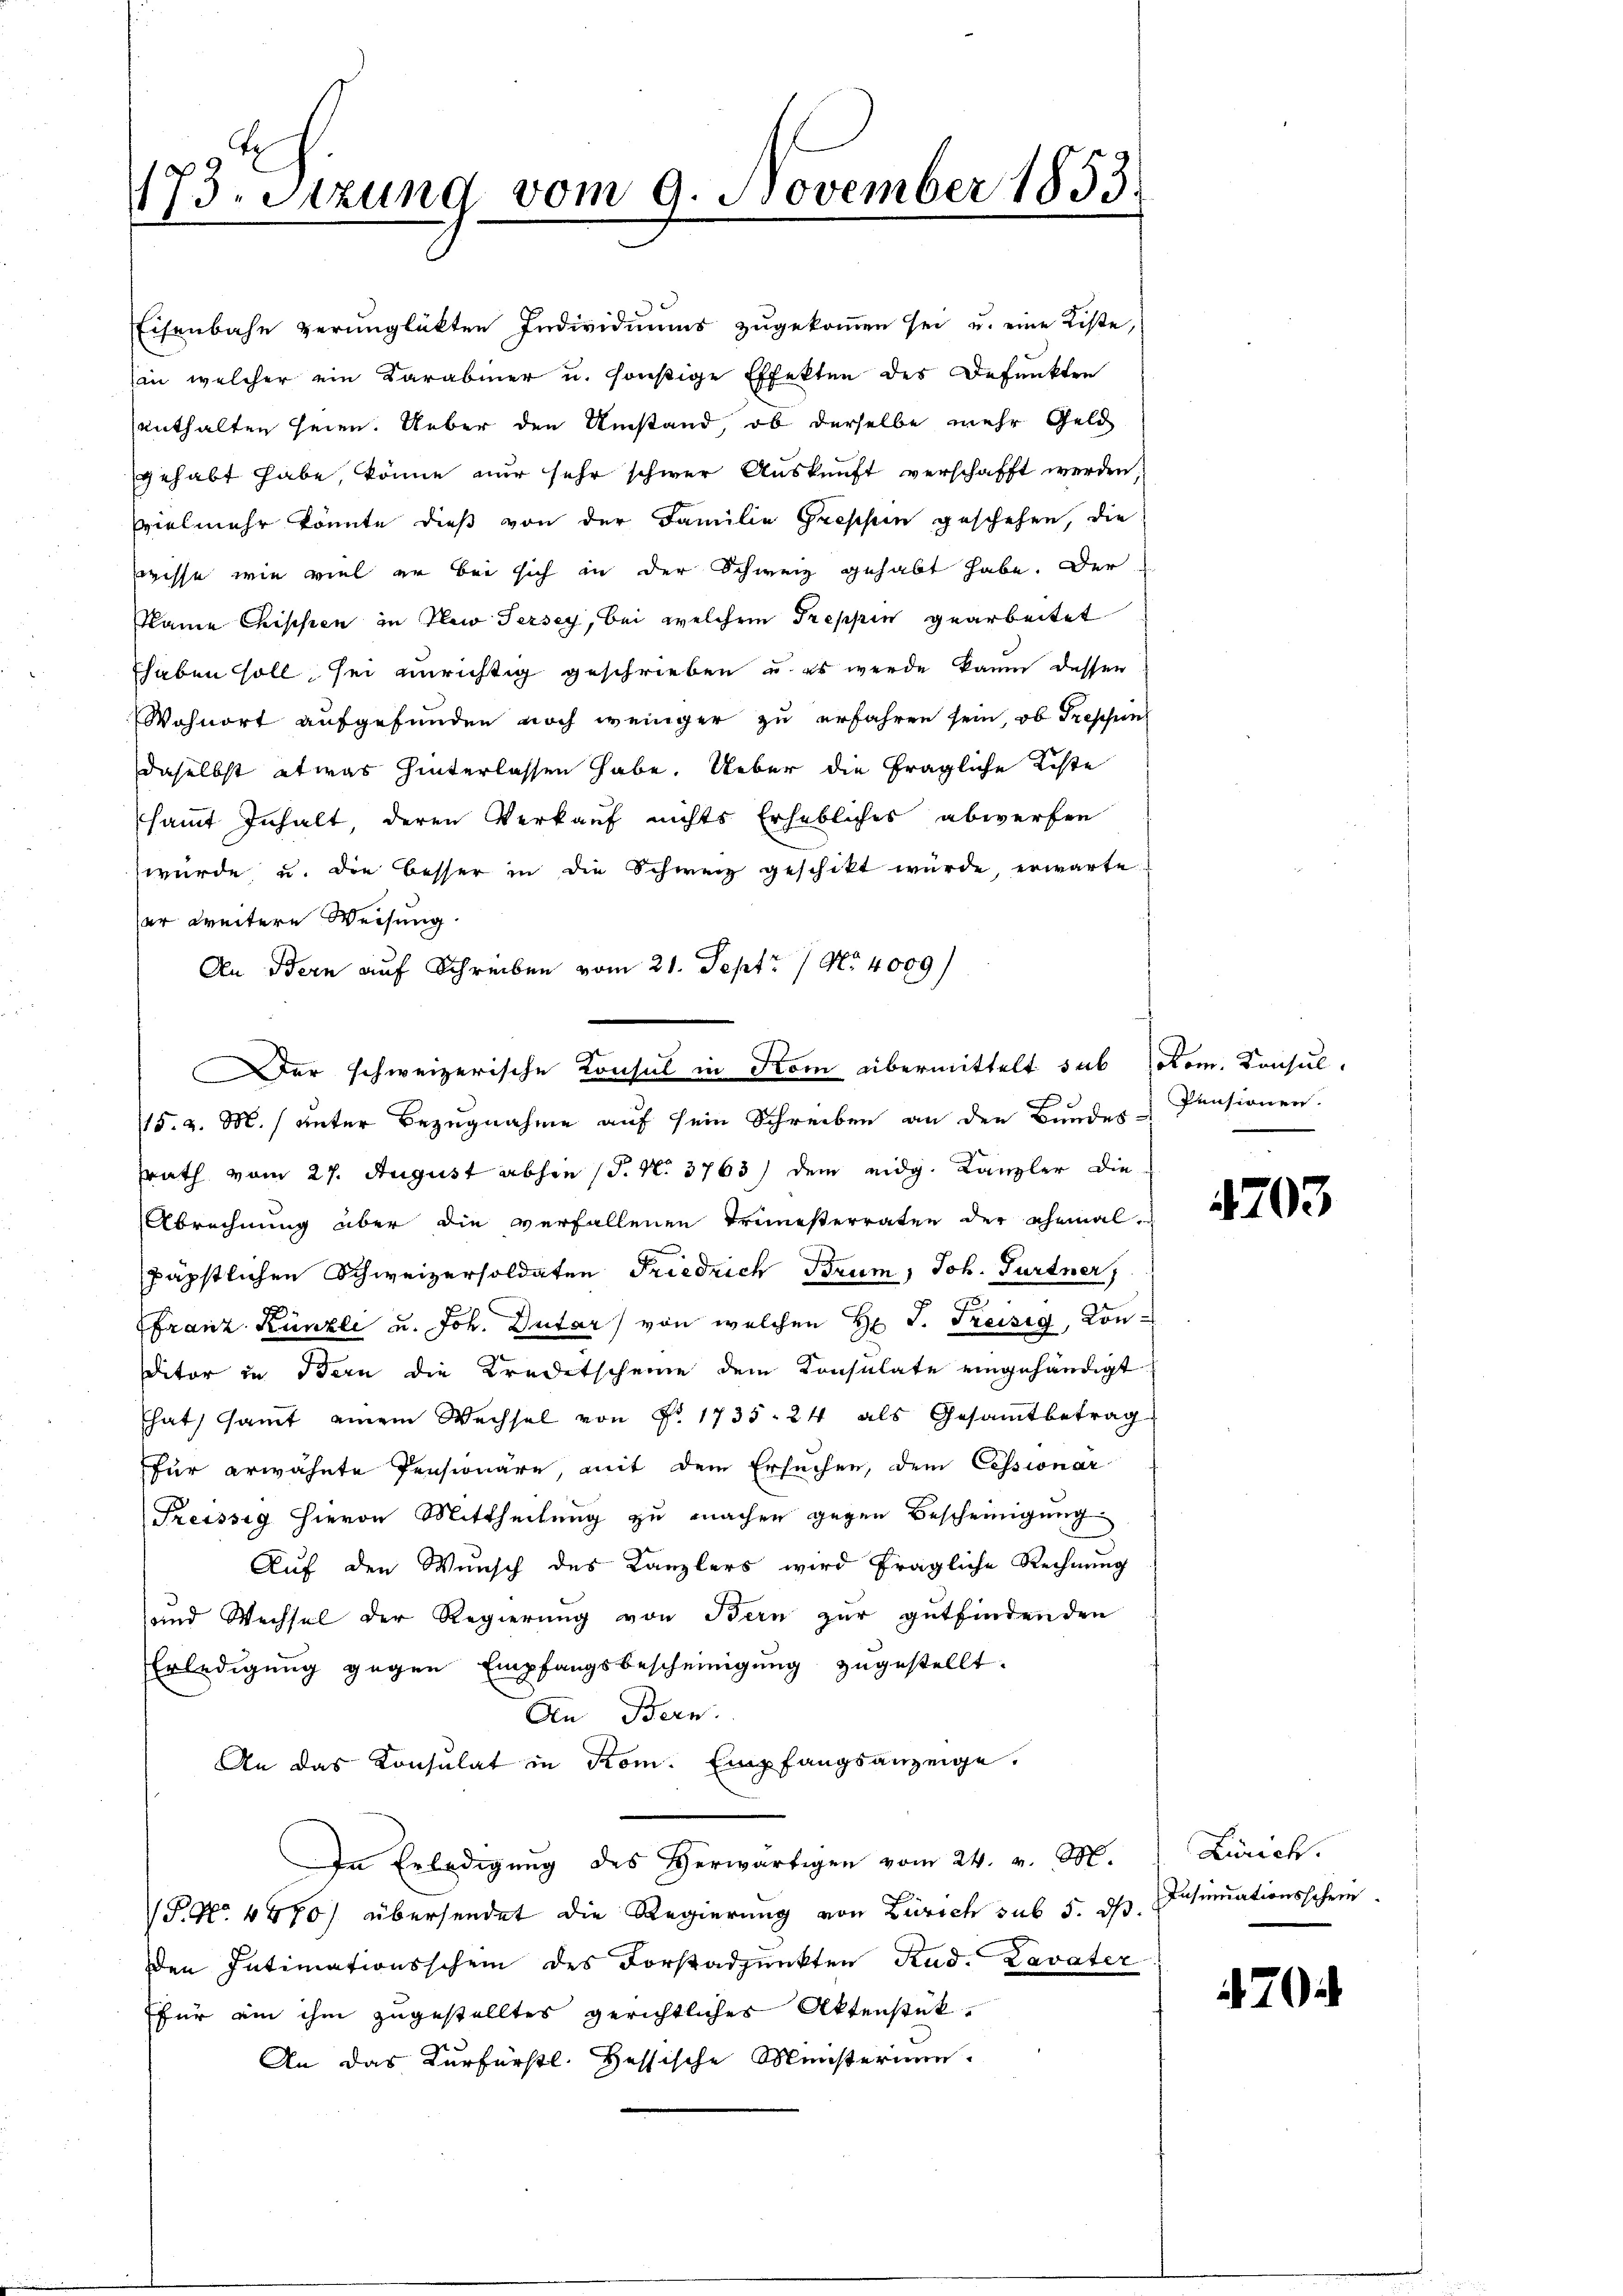
173. Sitzung vom 9. November 1853.
2

Eisenbahn verunglükten Individuums zugekoṁen sei u. eine Liste,
in welcher ein Karabiner u. sonstige Effekten des Befunkten
enthalten seien. Ueber den Umstand, ob derselbe mehr Geld
gehabt habe, könne nur sehr schwer Auskunft verschafft werden.
vielmehr könnte dieß von der Familie Greppen geschehen, die
wisse wie viel er bei sich in der Schweiz gehabt habe. Der
Name Chipsien in New Jersey, bei welchem Treppen gearbeitet
haben soll sei unrichtig geschrieben und es werde kaum dessen
Wohnort aufgefunden noch weniger zu erfahren sein, ob Trophen
daselbst etwas hinterlassen habe. Ueber die fragliche Koste
samt Inhalt, deren Verkauf nichts Erhebliches abwerfen
wurde u. die Besser in die Schweiz geschikt wurde, erwarte
er weitere Weisung.
An Bern auf Schreiben vom 21. Sept 17 No 4009/
15. v. M. unter Bezugnahme auf sein Schreiben an den Bundes Pensionen.
srath vom 27. August abhin (§. N. 3763) dem eidg. Kanzler die
Abrechnung über die verfallenen Treuesterraten der ehemal-
päpstlichen Schweizersoldaten Friedrich Brum, Joh. Furtner,
Franz Künzli u. Joh. Dutar) von welchen H. J. Kreisig, Konditor in Bern die Kreditscheine dem Konsulate eingehändigt
hat, samt einem Wechsel von Fr. 1735. 24 als Gesamtbetrag
für erwähnte Pensionäre, mit dem Ersuchen, dem Cessionar
Preissig hievon Mittheilung zu machen gegen Bescheinigung
Auf den Wunsch des Kanzlers wird fragliche Rechnung
und Wechsel der Regierung von Bern zur gutfindenden
Erledigung gegen Empfangsbescheinigung zugestellt.
An Bern.
An das Konsulat in Rom. Empfangsanzeige.
In Erledigŭng des Herwärtigen vom 24. v. M.
P. Nr. 4870) übersendet die Regierung von Zürich sub 5. dß. Insinuationsschein
den Intimationsschein des Forstadpunkten Rud. Lavater
für ein ihm zugestelltes gerichtliches Aktenstük¬
An das Kurfürstl. Hessische Meisterium

Der schweizerische Konsul in From übermittelt sub Rom. Konsul-

e

4703

Zürich.

70